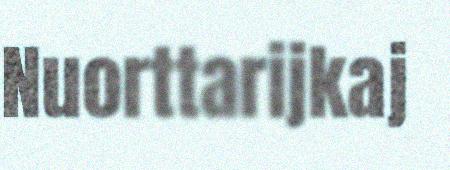
Nuorttarijkaj